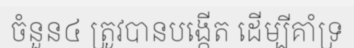
ចំនួន៤ ត្រូវបានបង្កើត ដើម្បីគាំទ្រ